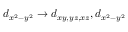
d _ { x ^ { 2 } - y ^ { 2 } } \rightarrow d _ { x y , y z , x z } , d _ { x ^ { 2 } - y ^ { 2 } }